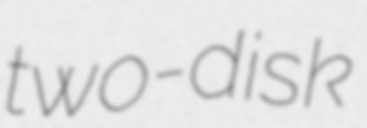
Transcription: two-disk